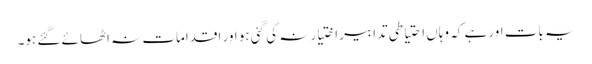
یہ بات اور ہے کہ وہاں احتیاطی تدابیر اختیار نہ کی گئی ہو اور اقدامات نہ اٹھائے گئے ہو۔